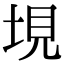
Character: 垷